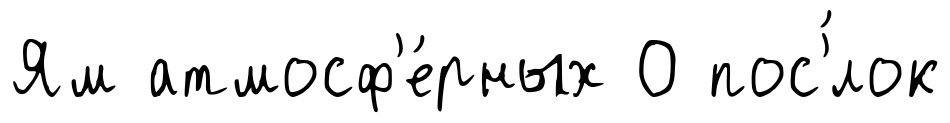
Ям атмосф'е́рных О пос'́лок